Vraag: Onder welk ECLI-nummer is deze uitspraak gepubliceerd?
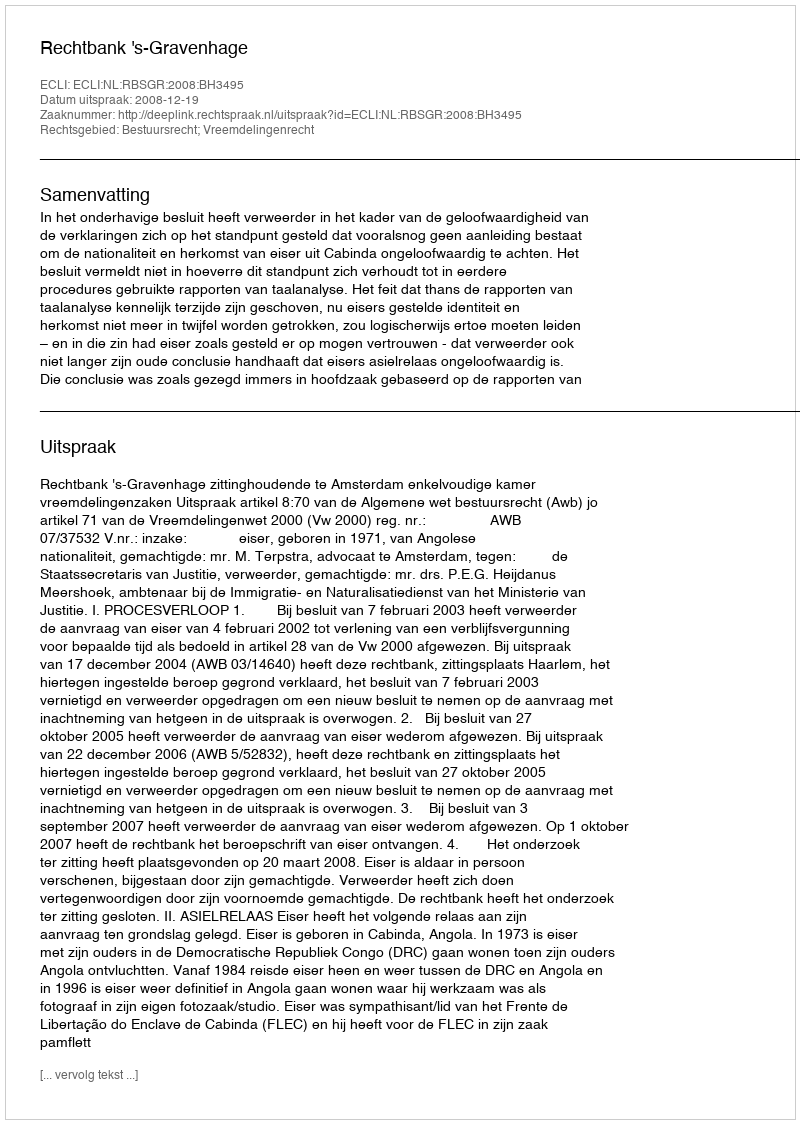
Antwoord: ECLI:NL:RBSGR:2008:BH3495